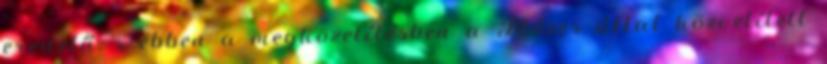
eredetű, s ebben a megközelítésben a Mózes által közvetített